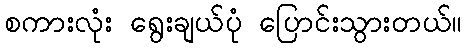
စကားလုံး ရွေးချယ်ပုံ ပြောင်းသွားတယ်။